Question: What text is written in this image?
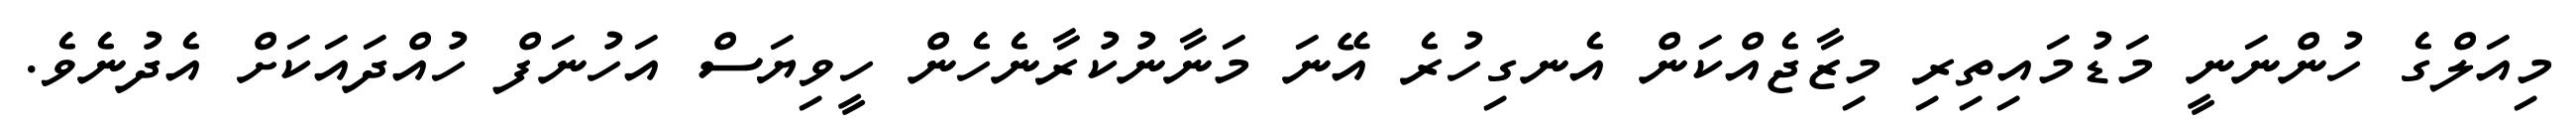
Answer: މިއަލްގެ ހުންނަނީ މަޑުމައިތިރި މިޒާޖެއްކަން އެނގިހުރެ އޭނަ މަނާނުކުރާނެހެން ހީވިޔަސް އަހުނަފް ހުއްދައަކަށް އެދުނެވެ.